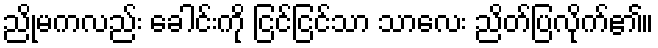
ညိုမကလည်း ခေါင်းကို ငြင်ငြင်သာ သာလေး ညိတ်ပြလိုက်၏။